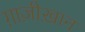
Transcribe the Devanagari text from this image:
ग़ाज़ीख़ान